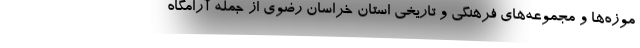
موزه‌ها و مجموعه‌های فرهنگی و تاریخی استان خراسان رضوی از جمله آرامگاه